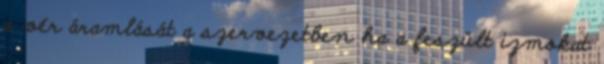
a vér áramlását a szervezetben ha a feszült izmokat